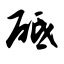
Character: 砥